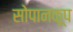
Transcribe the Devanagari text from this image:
सोपानकूप